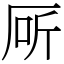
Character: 厛